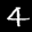
Label: 4